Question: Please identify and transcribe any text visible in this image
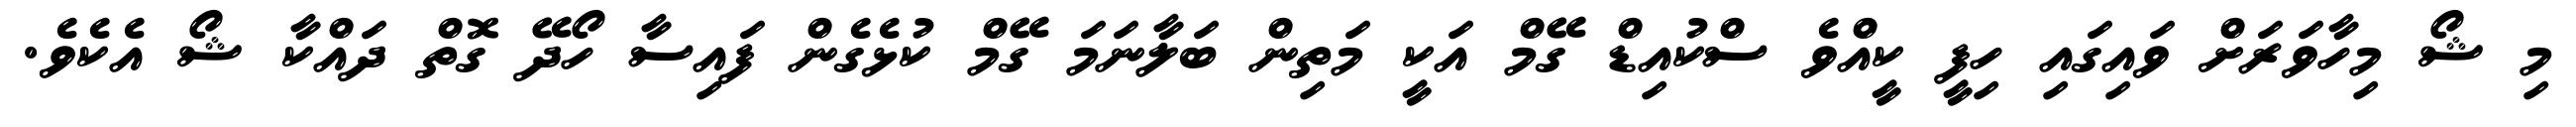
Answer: މި ޝޯ މިހާވަރަށް ވައިގައި ހިފީ ކީއްވެ ސްކުއިޑް ގޭމް އަކީ މަތިން ބަލާނަމަ ގޭމް ކުޅެގެން ފައިސާ ހޯދޭ ގޮތް ދައްކާ ޝޯ އެކެވެ.